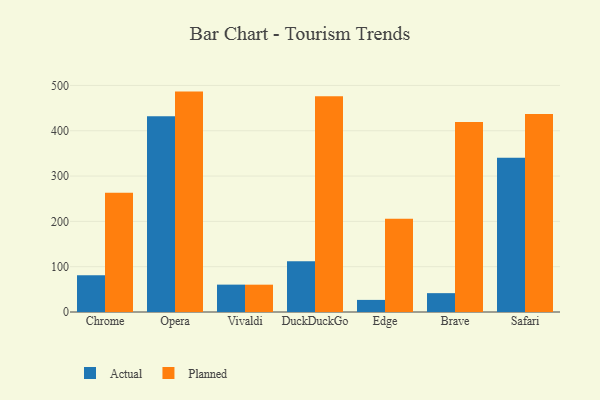
{"axis": {"x": "Browser", "y": "Demand Index"}, "legend": ["Actual", "Planned"], "data": [{"x": "Chrome", "y": 81.2, "type": "Actual"}, {"x": "Chrome", "y": 263.3, "type": "Planned"}, {"x": "Opera", "y": 432.1, "type": "Actual"}, {"x": "Opera", "y": 486.4, "type": "Planned"}, {"x": "Vivaldi", "y": 60.4, "type": "Actual"}, {"x": "Vivaldi", "y": 60.3, "type": "Planned"}, {"x": "DuckDuckGo", "y": 111.8, "type": "Actual"}, {"x": "DuckDuckGo", "y": 476.2, "type": "Planned"}, {"x": "Edge", "y": 26.7, "type": "Actual"}, {"x": "Edge", "y": 205.6, "type": "Planned"}, {"x": "Brave", "y": 41.6, "type": "Actual"}, {"x": "Brave", "y": 419.3, "type": "Planned"}, {"x": "Safari", "y": 340.3, "type": "Actual"}, {"x": "Safari", "y": 437.0, "type": "Planned"}]}